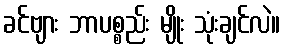
ခင်ဗျား ဘာပစ္စည်း မျိုး သုံးချင်လဲ။